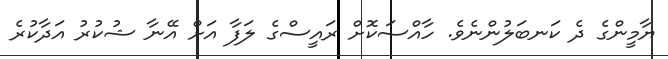
ޔާމީންގެ ދެ ކަނބަލުންނެވެ. ހާއްސަކޮށް ރައީސްގެ ލަފާ އަށް އޭނާ ޝުކުރު އަދާކުރެ